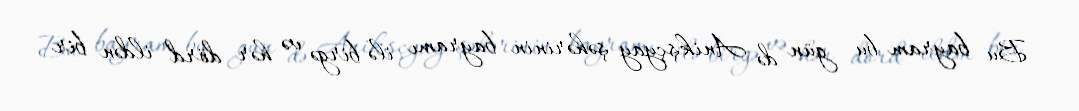
Bu bayram bu gün də Anikşçyay şəhərinin bayramı ilə birgə və hər dörd ildən bir